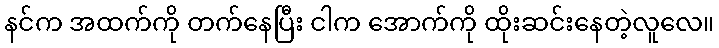
နင်က အထက်ကို တက်နေပြီး ငါက အောက်ကို ထိုးဆင်းနေတဲ့လူလေ။